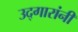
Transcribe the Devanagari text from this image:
उद्गारांनी